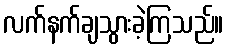
လက်နက်ချသွားခဲ့ကြသည်။